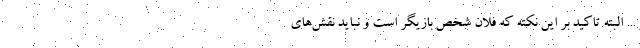
... البته تاکید بر این نکته که فلان شخص بازیگر است و نباید نقش‌های